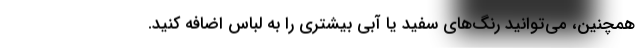
همچنین، می‌توانید رنگ‌های سفید یا آبی بیشتری را به لباس اضافه کنید.